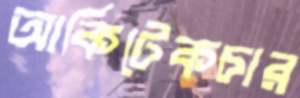
আর্কিটেকচার